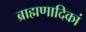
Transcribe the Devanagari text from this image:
ब्राह्मणादिकां